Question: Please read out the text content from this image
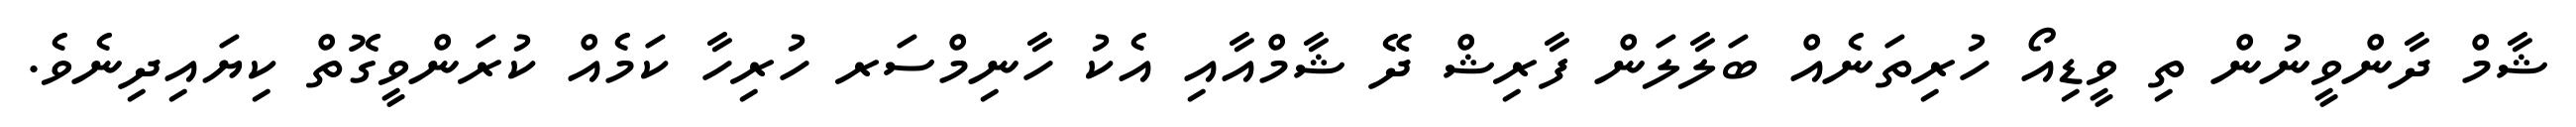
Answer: ޝާމް ދާންވީނުން ތި ވީޑިއޯ ހުރިތަނެއް ބަލާލަން ފާރިޝް ދޭ ޝާމްއާއި އެކު ހާނިމްސަރ ހުރިހާ ކަމެއް ކުރަންވީގޮތް ކިޔައިދިނެވެ.